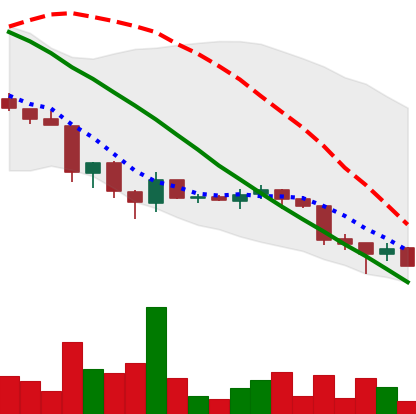
Ticker: ADA-USD
Chart end date: 2018-06-26
Forward return: 12.775%
Label: up_7plus